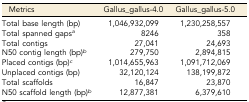
| Metrics | Gallus_gallus-4.0 | Gallus_gallus-5.0 |
 | --- | --- | --- |
 | Total base length (bp) | 1,046,932,099 | 1,230,258,557 |
 | Total spanned gapsa | 8246 | 358 |
 | Total contigs | 27,041 | 24,693 |
 | N50 contig length (bp)b | 279,750 | 2,894,815 |
 | Placed contigs (bp)c | 1,014,655,963 | 1,091,712,069 |
 | Unplaced contigs (bp) | 32,120,124 | 138,199,872 |
 | Total scaffolds | 16,847 | 23,870 |
 | N50 scaffold length (bp)b | 12,877,381 | 6,379,610 |